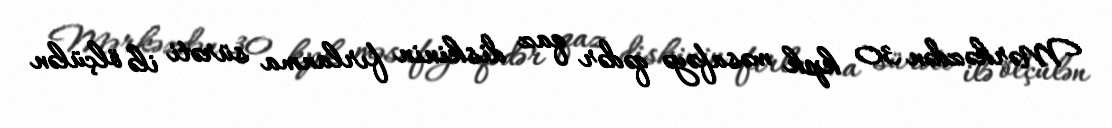
Mərkəzdən 30 kpk məsafəyə qədər qaz diskinin fırlanma sürəti ilə ölçülən